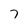
Character: 7